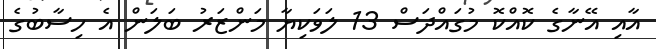
އާއި އޭނާގެ ކޮއްކޮ މުގައްދަސް 13 ލަވަކިޔާ މަންޒަރު ބަލަން އެ ހިސާބުގެ